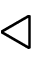
\triangleleft